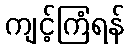
ကျင့်ကြံရန်